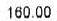
160.00